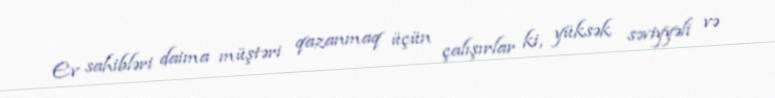
Ev sahibləri daima müştəri qazanmaq üçün çalışırlar ki, yüksək səviyyəli və